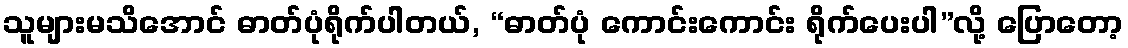
သူများမသိအောင် ဓာတ်ပုံရိုက်ပါတယ်, “ဓာတ်ပုံ ကောင်းကောင်း ရိုက်ပေးပါ”လို့ ပြောတော့